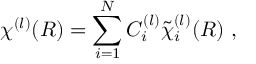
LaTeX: \chi ^ { ( l ) } ( R ) = \sum _ { i = 1 } ^ { N } C _ { i } ^ { ( l ) } { \tilde { \chi } } _ { i } ^ { ( l ) } ( R ) \ ,